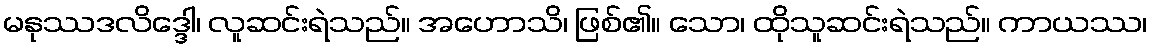
မနုဿဒလိဒ္ဒေါ၊ လူဆင်းရဲသည်။ အဟောသိ၊ ဖြစ်၏။ သော၊ ထိုသူဆင်းရဲသည်။ ကာယဿ၊